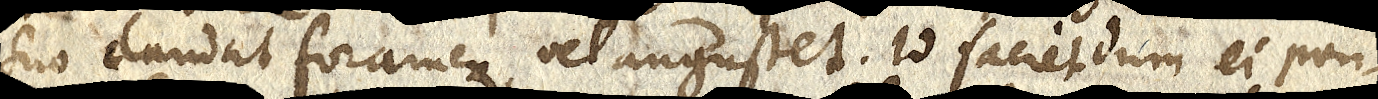
suo claudat foramen vel angustet. Id faciendum ei pon-